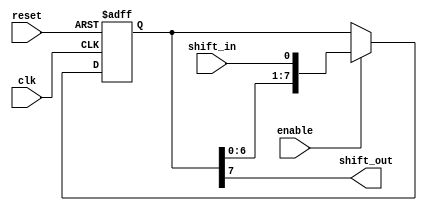
module PISO_shift_register (
  input wire clk, // clock signal
  input wire reset, // reset signal
  input wire shift_in, // parallel input data
  output wire shift_out, // serial output data
  input wire enable // control signal for shifting
);

reg [7:0] register; // 8-bit shift register

always @(posedge clk or posedge reset) begin
  if (reset) begin
    register <= 8'b0; // reset the register to 0
  end else begin
    if (enable) begin
      register <= {register[6:0], shift_in}; // shift data in
    end
  end
end

assign shift_out = register[7]; // output the serial data

endmodule